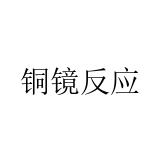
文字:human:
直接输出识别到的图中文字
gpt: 铜镜反应